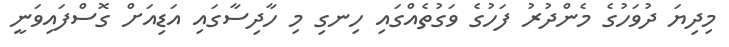
މިދިޔަ ދުވަހުގެ މެންދުރު ފަހުގެ ވަގުތެއްގައި ހިނގި މި ހާދިސާގައި އަޑިއަށް ގޮސްފައިވަނީ